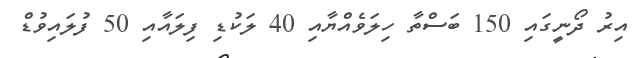
އިރު ދޯނީގައި 150 ބަސްތާ ހިލަވެއްޔާއި 40 ލަކުޑި ފިލައާއި 50 ފުލައިވުޑް